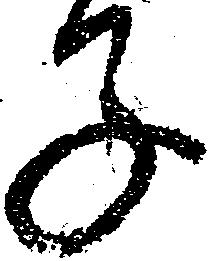
子